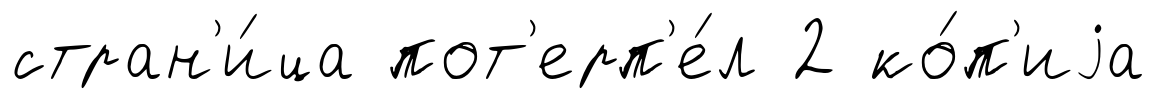
стран'и́ца пот'ерп'е́л 2 ко́п'иjа